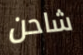
شاحن